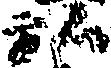
弘